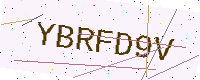
Text: YBRFD9V